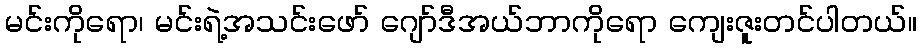
မင်းကိုရော၊ မင်းရဲ့အသင်းဖော် ဂျော်ဒီအယ်ဘာကိုရော ကျေးဇူးတင်ပါတယ်။